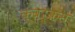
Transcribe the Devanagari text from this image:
क्वर्कस